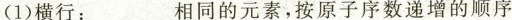
（1）横行：___相同的元素，按原子序数递增的顺序